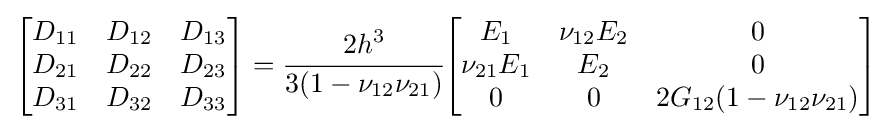
{\begin{bmatrix}D_{11}&D_{12}&D_{13}\\D_{21}&D_{22}&D_{23}\\D_{31}&D_{32}&D_{33}\end{bmatrix}}={\cfrac {2h^{3}}{3(1-\nu _{12}\nu _{21})}}{\begin{bmatrix}E_{1}&\nu _{12}E_{2}&0\\\nu _{21}E_{1}&E_{2}&0\\0&0&2G_{12}(1-\nu _{12}\nu _{21})\end{bmatrix}}